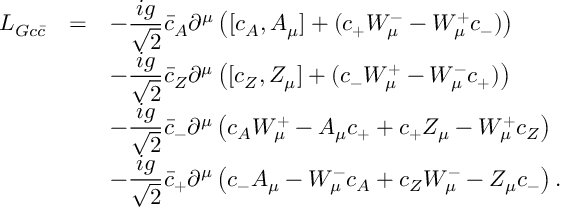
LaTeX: \begin{array} { r c l } { { { \cal L } _ { G c \bar { c } } } } & { { = } } & { { \displaystyle - \frac { i g } { \sqrt { 2 } } \bar { c } _ { A } \partial ^ { \mu } \left( [ c _ { A } , A _ { \mu } ] + ( c _ { + } W _ { \mu } ^ { - } - W _ { \mu } ^ { + } c _ { - } ) \right) } } \\ { { } } & { { } } & { { \displaystyle - \frac { i g } { \sqrt { 2 } } \bar { c } _ { Z } \partial ^ { \mu } \left( [ c _ { Z } , Z _ { \mu } ] + ( c _ { - } W _ { \mu } ^ { + } - W _ { \mu } ^ { - } c _ { + } ) \right) } } \\ { { } } & { { } } & { { \displaystyle - \frac { i g } { \sqrt { 2 } } \bar { c } _ { - } \partial ^ { \mu } \left( c _ { A } W _ { \mu } ^ { + } - A _ { \mu } c _ { + } + c _ { + } Z _ { \mu } - W _ { \mu } ^ { + } c _ { Z } \right) } } \\ { { } } & { { } } & { { \displaystyle - \frac { i g } { \sqrt { 2 } } \bar { c } _ { + } \partial ^ { \mu } \left( c _ { - } A _ { \mu } - W _ { \mu } ^ { - } c _ { A } + c _ { Z } W _ { \mu } ^ { - } - Z _ { \mu } c _ { - } \right) . } } \end{array}